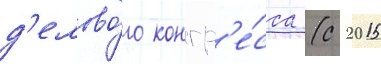
д'елово́го конгр'е́сса (с 2015